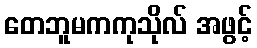
တေဘူမကကုသိုလ် အဖွင့်